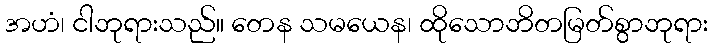
အဟံ၊ ငါဘုရားသည်။ တေန သမယေန၊ ထိုသောဘိတမြတ်စွာဘုရား